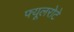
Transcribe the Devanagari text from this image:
फ्यूलरोटे